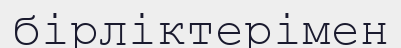
бірліктерімен